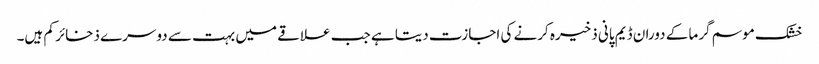
خشک موسم گرما کے دوران ڈیم پانی ذخیرہ کرنے کی اجازت دیتا ہے جب علاقے میں بہت سے دوسرے ذخائر کم ہیں۔